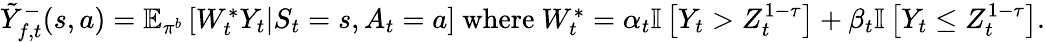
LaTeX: \begin{array}{r}{\tilde{Y}_{f,t}^{-}(s,a)=\mathbb{E}_{\pi^{b}}\left[W_{t}^{*}Y_{t}|S_{t}=s,A_{t}=a\right]\mathrm{~where~}W_{t}^{*}=\alpha_{t}\mathbb{I}\left[Y_{t}>Z_{t}^{1-\tau}\right]+\beta_{t}\mathbb{I}\left[Y_{t}\leq Z_{t}^{1-\tau}\right].}\end{array}